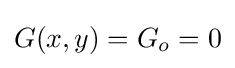
G(x,y)=G_{o}=0